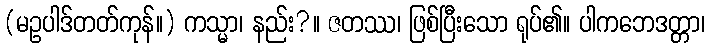
(မဥပါဒ်တတ်ကုန်။) ကသ္မာ၊ နည်း?။ ဇတဿ၊ ဖြစ်ပြီးသော ရုပ်၏။ ပါကဘေဒတ္တာ၊